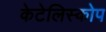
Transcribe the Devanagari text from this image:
केटेलिस्कोप